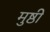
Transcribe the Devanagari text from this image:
मुष्ठी